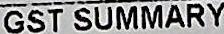
GST SUMMARY